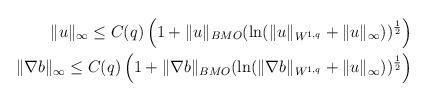
LaTeX: \begin{align*}\|u\|_\infty\leq C(q)\left(1+\|u\|_{BMO}(\ln (\|u\|_{W^{1,q}}+\|u\|_\infty))^{\frac12}\right)\\\|\nabla b\|_\infty\leq C(q)\left(1+\|\nabla b\|_{BMO}(\ln (\|\nabla b\|_{W^{1,q}}+\|u\|_\infty))^{\frac12}\right)\end{align*}